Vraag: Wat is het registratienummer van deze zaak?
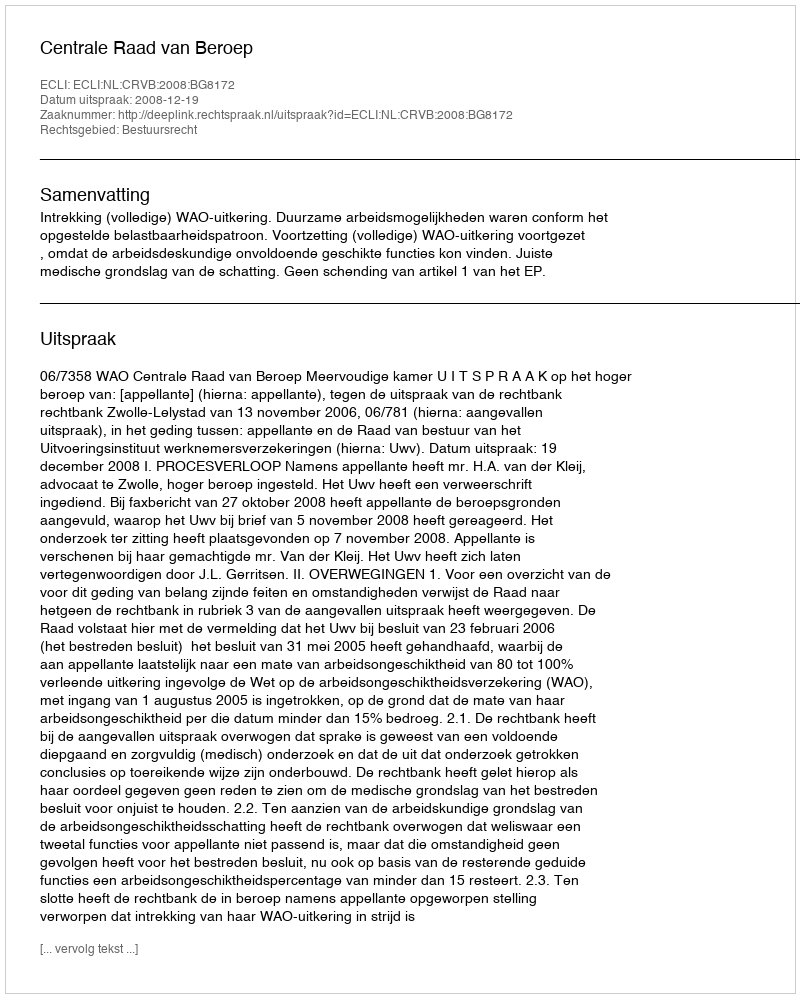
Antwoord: http://deeplink.rechtspraak.nl/uitspraak?id=ECLI:NL:CRVB:2008:BG8172